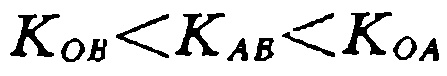
\(K_{OB}<K_{AB}<K_{OA}\)